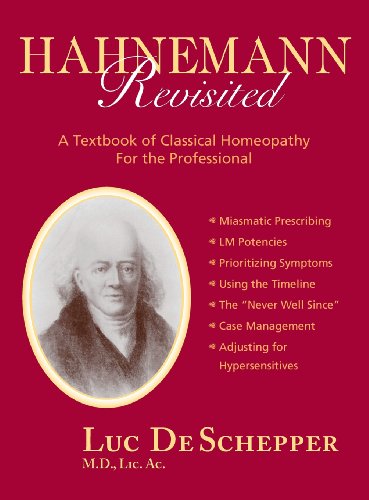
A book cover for Hahnemann Revisited: A Textbook of Classical Homeopathy for the Professional; LIC Ac Luc De Schepper; Health, Fitness & Dieting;